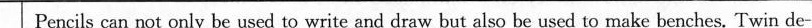
Pencils can not only be used to write and draw but also be used to make benches. Twin de-